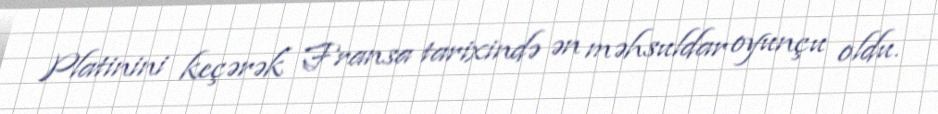
Platinini keçərək Fransa tarixində ən məhsuldar oyunçu oldu.